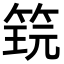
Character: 𬕎